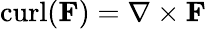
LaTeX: \operatorname{curl}(\mathbf{F})=\nabla\times\mathbf{F}